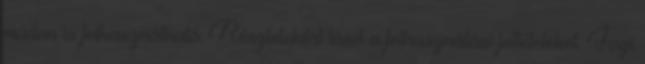
módon is felhasználható. Részletekért lásd a felhasználási feltételeket. Jogi